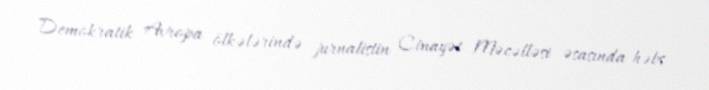
Demokratik Avropa ölkələrində jurnalistin Cinayət Məcəlləsi əsasında həbs